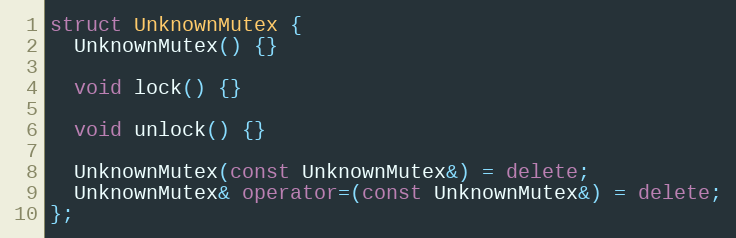
Language: C++
struct UnknownMutex {
  UnknownMutex() {}

  void lock() {}

  void unlock() {}

  UnknownMutex(const UnknownMutex&) = delete;
  UnknownMutex& operator=(const UnknownMutex&) = delete;
};